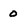
Character: 0